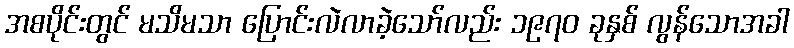
အစပိုင်းတွင် မသိမသာ ပြောင်းလဲလာခဲ့သော်လည်း ၁၉၇၀ ခုနှစ် လွန်သောအခါ